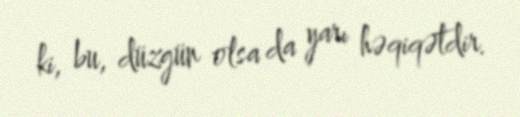
ki, bu, düzgün olsa da yarı həqiqətdir.